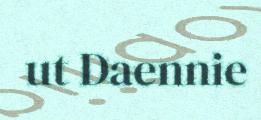
ut Daennie